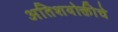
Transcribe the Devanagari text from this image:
अतिशयोक्तीचे